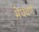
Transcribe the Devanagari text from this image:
मेघवर्ण